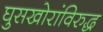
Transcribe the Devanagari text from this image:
घुसखोरांविरुद्ध